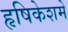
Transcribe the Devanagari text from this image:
हृषिकेशमें